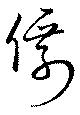
僊